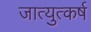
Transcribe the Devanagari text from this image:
जात्युत्कर्ष